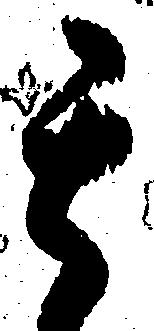
其